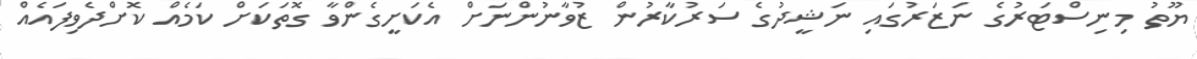
ޔޫތު މިނިސްޓަރުގެ ނަޒަރުގައި ނަޝީދުގެ ސަރުކާރުން ޒުވާނުންނަށް އެކަށީގެންވާ ގޮތަކަށް ކަމެއް ކޮށްދެވިފައެއް